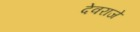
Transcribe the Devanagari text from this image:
देवराजे